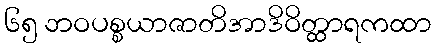
၆၅ ဘဝပစ္စယာဇာတိအာဒိဝိတ္ထာရကထာ